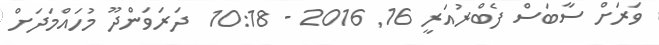
ވަރަށް ސާބަސް ފެބްރުއަރީ 16